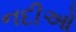
નદીઓ